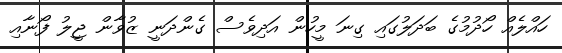
ހައްލެއް ހޯދުމުގެ ބަދަލުގައި ގިނަ މީހުން އަދިވެސް ގެންދަނީ ޒުވާން ޖީލު ފޯނާއި